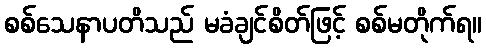
စစ်သေနာပတိသည် မခံချင်စိတ်ဖြင့် စစ်မတိုက်ရ။